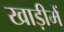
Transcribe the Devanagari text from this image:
खाड़ीमें